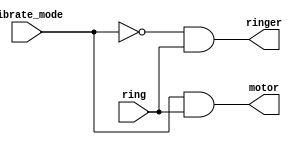
module top_module (
    input ring,
    input vibrate_mode,
    output ringer,       // Make sound
    output motor         // Vibrate
);
	assign ringer =  ~vibrate_mode & ring;
    assign motor = vibrate_mode & ring;
endmodule
//Try to use only assign statements
//